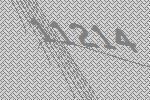
11214